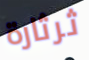
ثرثارة